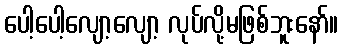
ပေါ့ပေါ့လျော့လျော့ လုပ်လို့မဖြစ်ဘူးနော်။